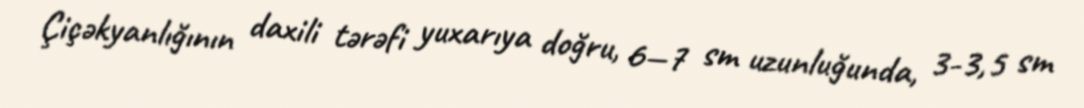
Çiçəkyanlığının daxili tərəfi yuxarıya doğru, 6—7 sm uzunluğunda, 3-3,5 sm